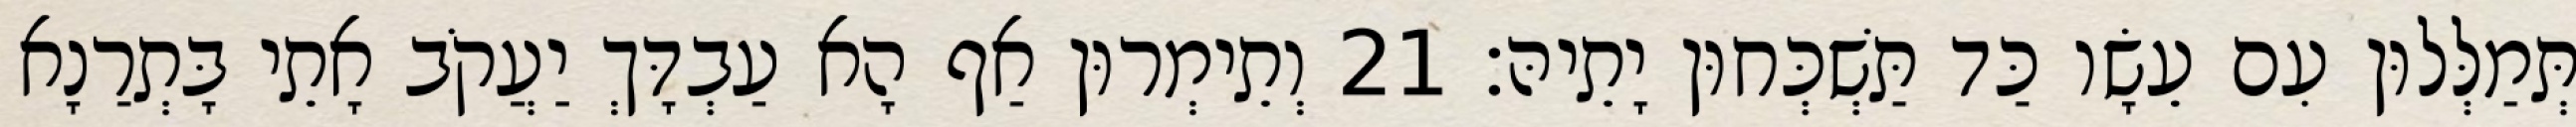
תְּמַלְּלוּן עִם עֵשָׂו כַּד תַּשְׁכְּחוּן יָתֵיהּ׃ 21 וְתֵימְרוּן אַף הָא עַבְדָּךְ יַעֲקֹב אָתֵי בָּתְרַנָא